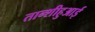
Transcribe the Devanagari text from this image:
तान्शीहुआई